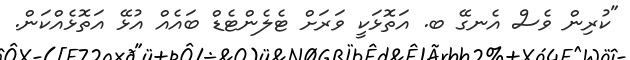
"ކުރިން ވެސް އެނގޭ ބ. އަތޮޅަކީ ވަރަށް ޓެލެންޓެޑް ބައެއް އުޅޭ އަތޮޅެއްކަން.